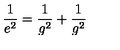
\frac { 1 } { e ^ { 2 } } = \frac { 1 } { g ^ { 2 } } + \frac { 1 } { g ^ { 2 } }